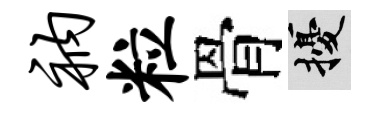
衲粒骨擾